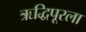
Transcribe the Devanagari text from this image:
ऋद्धिपूरला